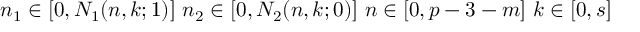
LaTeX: n _ { 1 } \in [ 0 , N _ { 1 } ( n , k ; 1 ) ] \, \, n _ { 2 } \in [ 0 , N _ { 2 } ( n , k ; 0 ) ] \, \, n \in [ 0 , p - 3 - m ] \, \, k \in [ 0 , s ]